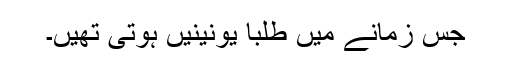
جس زمانے میں طلبا یونینیں ہوتی تھیں۔